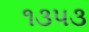
૧૩૫૩